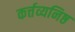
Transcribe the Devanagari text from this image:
कर्त्तव्यनिष्ठ